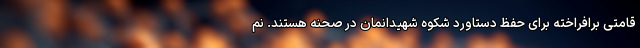
قامتی برافراخته برای حفظ دستاورد شکوه شهیدانمان در صحنه هستند. نم